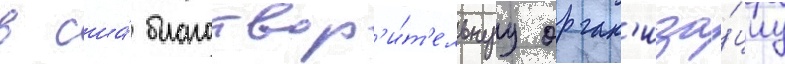
в сша́ благотвор'и́т'ельнуу орган'иза́циу